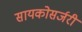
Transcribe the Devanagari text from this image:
सायकोसर्जरी